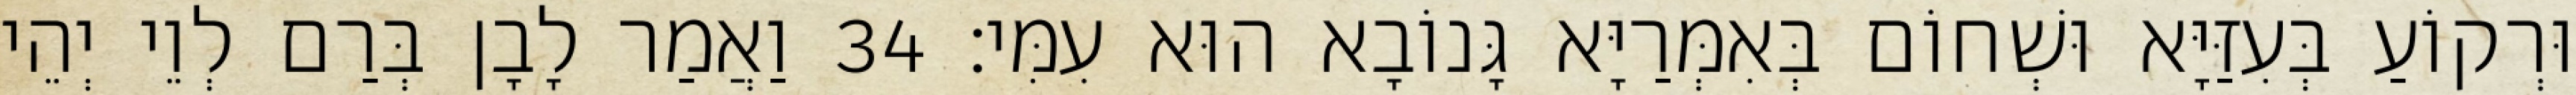
וּרְקוֹעַ בְּעִזַּיָּא וּשְׁחוֹם בְּאִמְּרַיָּא גָּנוֹבָא הוּא עִמִּי׃ 34 וַאֲמַר לָבָן בְּרַם לְוֵי יְהֵי